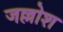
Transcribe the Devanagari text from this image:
जल्लोश